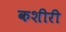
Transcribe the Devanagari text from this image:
कशीरी